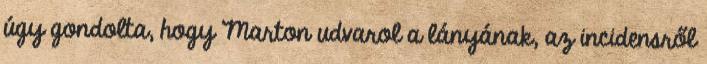
úgy gondolta, hogy Marton udvarol a lányának, az incidensről